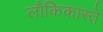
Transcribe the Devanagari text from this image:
लौकिकास्ते